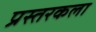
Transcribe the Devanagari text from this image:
प्रस्तरकला